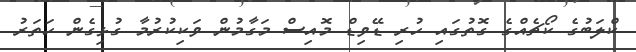
ކްލަބުގެ ކޯޗެއްގެ ގޮތުގައި ހުރި ޑޭވިޑް މޮއިސް މަގާމުން ވަކިކުރުމާ ގުޅިގެން ހަތަރު